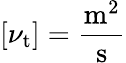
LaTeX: \left[\nu_{\mathrm{t}}\right]={\frac{\mathrm{m^{2}}}{\mathrm{s}}}